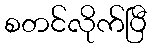
စတင်လိုက်ပြီ